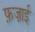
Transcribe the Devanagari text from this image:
फ़ज़ाई